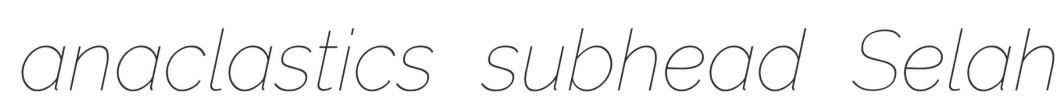
anaclastics subhead Selah